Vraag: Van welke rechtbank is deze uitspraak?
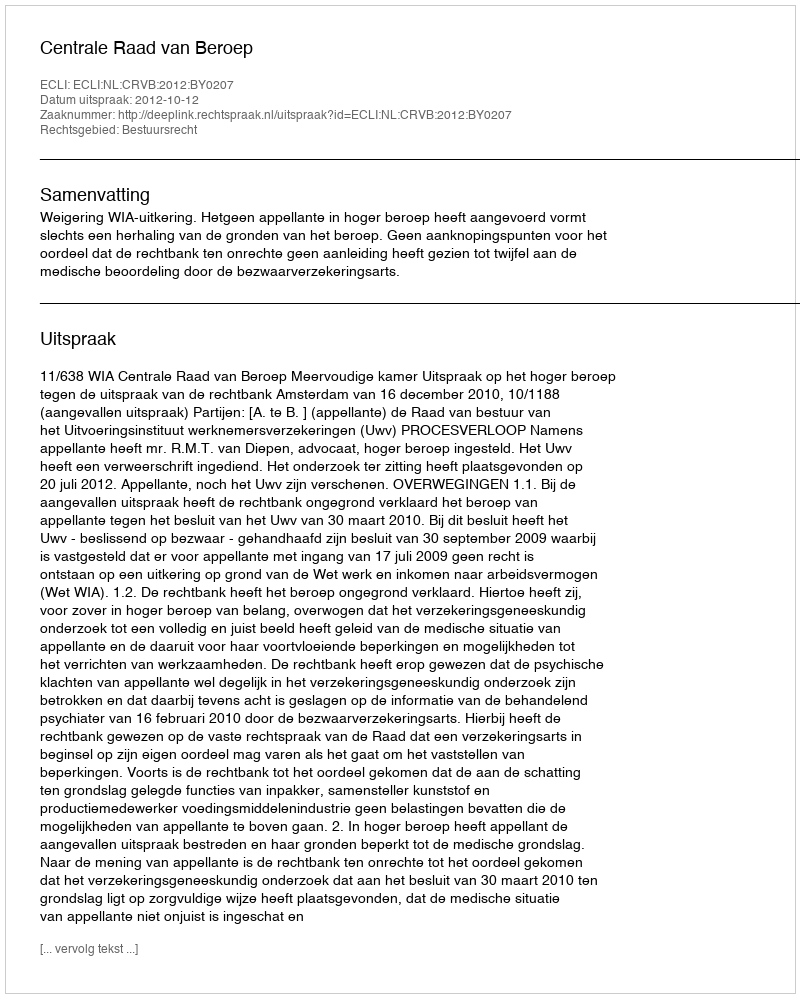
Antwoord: Centrale Raad van Beroep